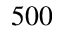
5 0 0